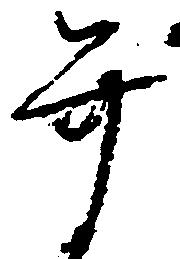
弁